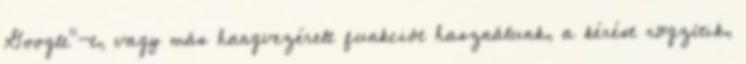
Google”-t, vagy más hangvezérelt funkciót használunk, a kérést rögzítik,